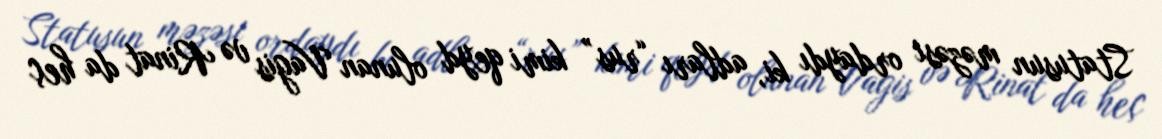
Statusun məzəsi ordaydı ki, adları “rus” kimi qeyd olunan Vagis və Rinat da heç